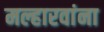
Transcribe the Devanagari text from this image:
मल्हारवांना